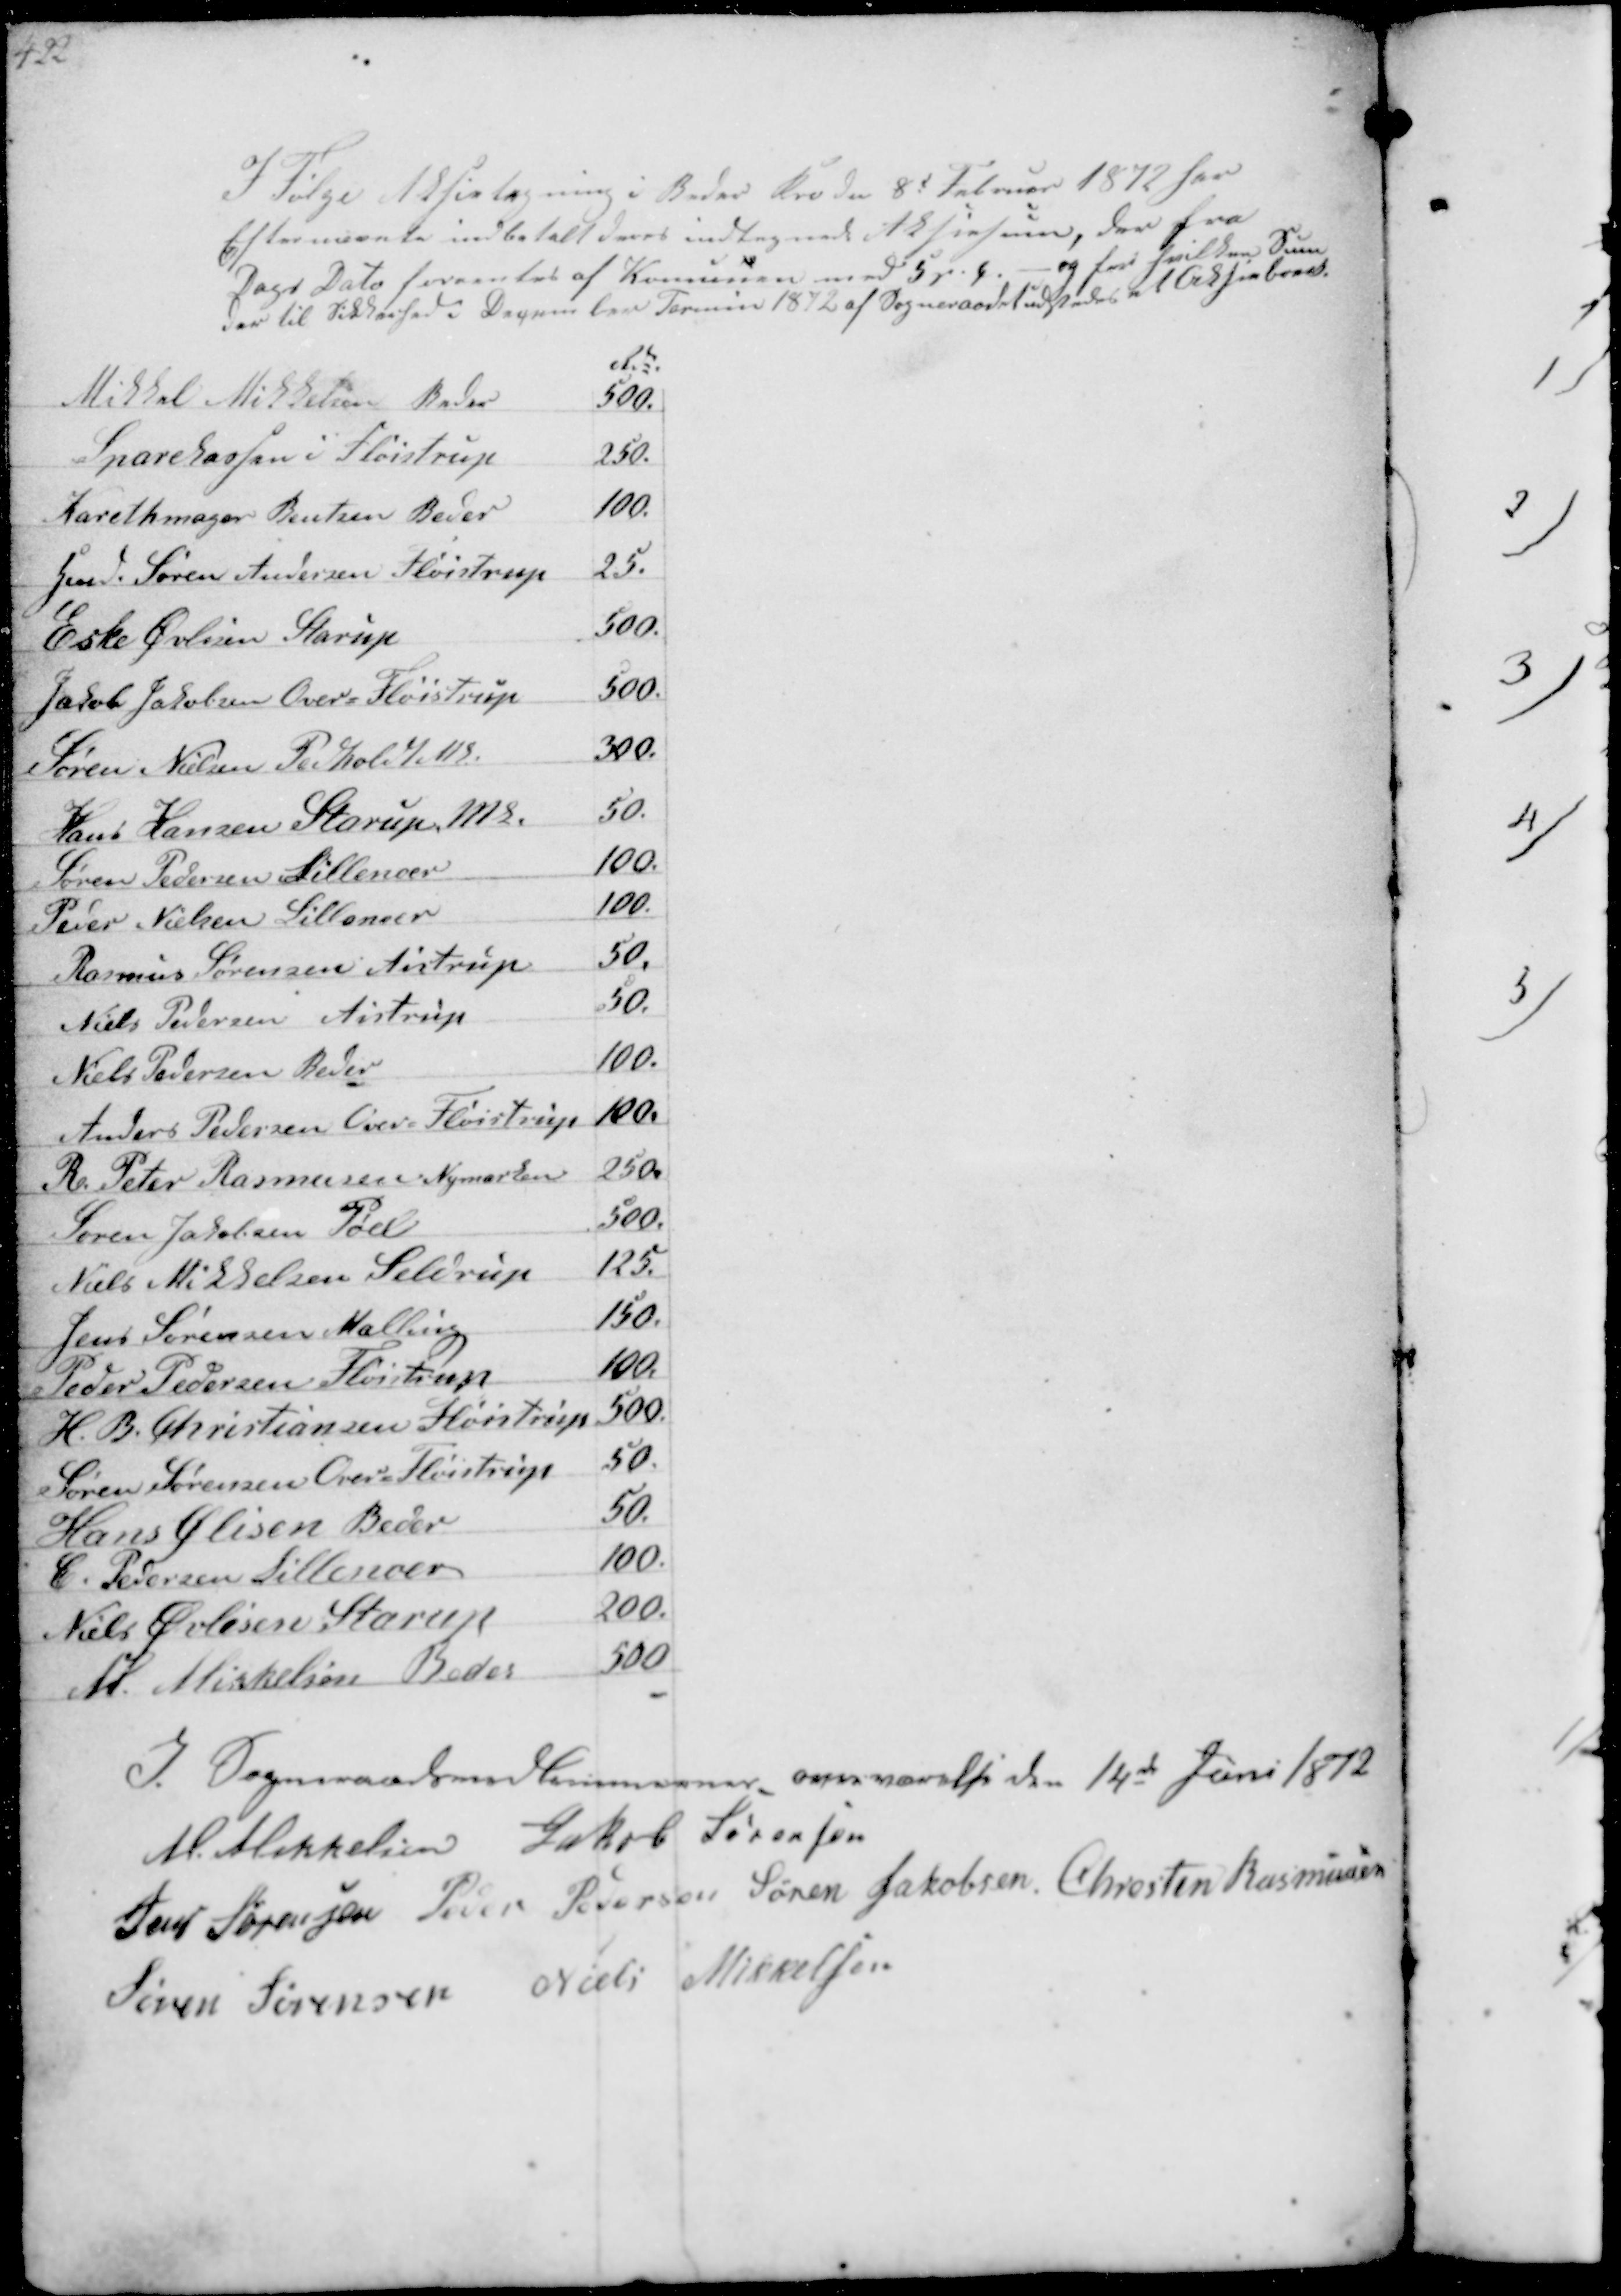
Transskription:
I Følge Aktietegning i Beder Kro de 8d Februar 1872 har
Efternævnte indbetalt deres indtegnede Aktiesum der fra
Dags Dato forrentes af Kommunen med 5 prc for hvilken Sum
der til Sikkerhed i December Termin 1872 af Sogneraadet udstedes et Aktiebevis

Rdl
Mikkel Mikkelsen Beder
500.
Sparekassen i Fløistrup
250.
Karethmager Bentzen Beder
100.
Hmd Søren Andersen Fløistrup 
25.
Eske Øvlisen Starup
500.
Jacob Jakobsen Over-Fløistrup
500.
Søren Nielsen Pedholdt M.
300.
Hans Lansen Starup Mk
50.
Søren Pedersen Lillenoer
100.
Peder Nielsen Lillenoer
100.
Rasmus Sørensen Aistrup
50.
Niels Pedersen Aistrup
50.
Niels Pedersen Beder
100.
Anders Pedersen Over-Fløistrup
100.
R Peter Rasmusssen Nymarken
250
Søren Jacobsen Pøel
500.
Niels Mikkelsen Seldrup
125.
Jens Sørensen Malling
150.
Peder Pedersen Fløistrup
100
H. B. Christiansen Fløistrup
500.
Søren Sørensen Over-Fløistrup
50.
Hans Ølisen Beder
50.
C Pedersen Lillenoer
100.
Niels Øvlisen Starup
200.
M. Mikkelsen Beder
500

I Sogneraadsmedlemmernes overværelse den 14de Juni 1872
M Mikkelsen Jakob Sørensen
Jens Sørensen Peder Pedersen Søren Jakobsen Chresten Rasmussen
Søren Sørensen Niels Mikkelsen